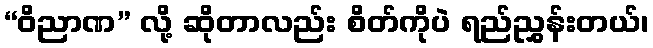
“ဝိညာဏ” လို့ ဆိုတာလည်း စိတ်ကိုပဲ ရည်ညွှန်းတယ်၊